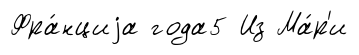
Фра́нциjа года5 Из Ма́р'и